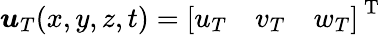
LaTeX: \boldsymbol{u}_{T}(x,y,z,t)=\left[\begin{array}{lll}{u_{T}}&{v_{T}}&{w_{T}}\end{array}\right]^{\mathrm{~T~}}